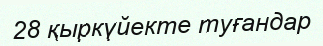
28 қыркүйекте туғандар